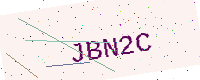
Text: JBN2C